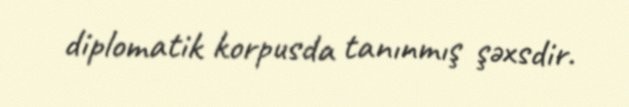
diplomatik korpusda tanınmış şəxsdir.